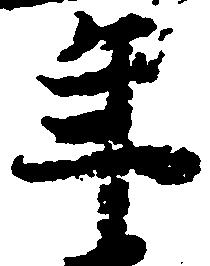
年